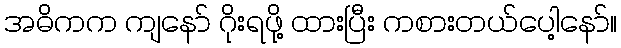
အဓိကက ကျနော် ဂိုးရဖို့ ထားပြီး ကစားတယ်ပေါ့နော်။